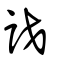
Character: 訤